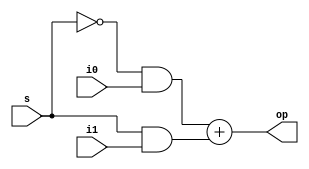
//dataflow modelling for PISO register

module mux(op,i0,i1,s);
 input  i0,i1,s;
 output  op;
 assign op=(((~s) && i0)+(s && i1));
endmodule

module dff(q,d,clk);
 input d,clk;
 output reg q;
 always @(posedge clk)
 q<=d;
endmodule

module piso(q,ip,i0,s,clk);
 output q;
 input i0,s,clk;
 input [3:0]ip;
 wire d3,d2,d1,d0,q3,q2,q1,q0;
 mux m1(d3,i0,ip[3],s);
 dff e1(q3,d3,clk);
 mux m2(d2,q3,ip[2],s);
 dff e2(q2,d2,clk);
 mux m3(d1,q2,ip[1],s);
 dff e3(q1,d1,clk);
 mux m4(d0,q1,ip[0],s);
 dff e4(q,d0,clk);
endmodule